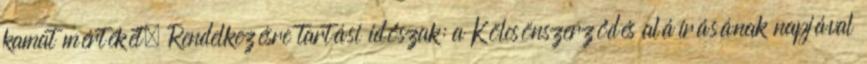
kamat mértékét. Rendelkezésre tartási időszak: a Kölcsönszerződés aláírásának napjával